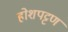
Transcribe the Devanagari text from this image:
होशपट्टण